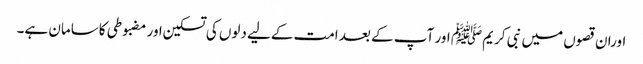
اوران قصوں میں نبی کریم ﷺ اور آپ کے بعد امت کےلیے دلوں کی تسکین اور مضبوطی کاسامان ہے۔